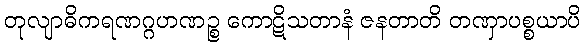
တုလျာဓိကရဏဂ္ဂဟဏဉ္စ ကောဋိသတာနံ ဇနတာတိ တဏှာပစ္စယာပိ